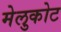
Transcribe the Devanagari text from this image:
मेलुकोट